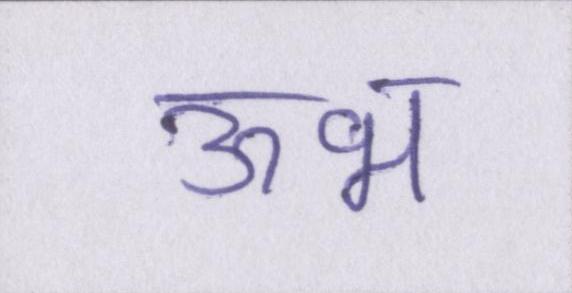
ऊभ